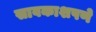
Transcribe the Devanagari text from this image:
सावकाशपणे